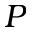
P